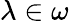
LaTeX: \lambda\in\omega